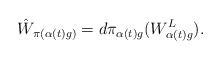
\begin{align*} \hat{W}_{\pi(\alpha(t)g)}=d\pi_{\alpha(t)g}(W^L_{\alpha(t)g}).\end{align*}